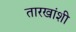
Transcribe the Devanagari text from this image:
तारखांशी